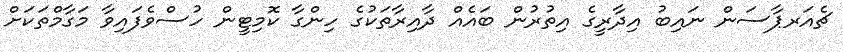
ޗެއަރޕާސަން ނައިބު އިދާރީގެ އިތުރުން ބައެއް ދާއިރާތަކުގެ ހިންގާ ކޮމިޓީން ހުސްވެފައިވާ މަގާމްތަކަށް